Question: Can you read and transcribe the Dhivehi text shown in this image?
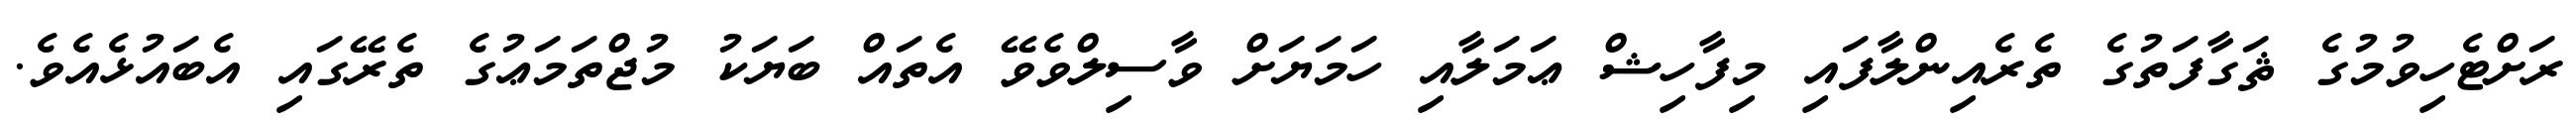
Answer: ރަށްޓެހިވުމުގެ ޘަގާފަތުގެ ތެރެއިންލާފައި މިފާހިޝް ޢަމަލާއި ހަމަޔަށް ވާސިލްވެވޭ އެތައް ބަޔަކު މުޖްތަމަޢުގެ ތެރޭގައި އެބައުޅެއެވެ.